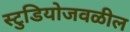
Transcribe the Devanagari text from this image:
स्टुडियोजवळील